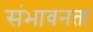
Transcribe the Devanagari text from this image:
संभावनता